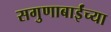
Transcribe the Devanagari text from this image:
सगुणाबाईंच्या